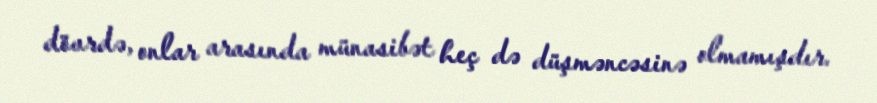
dövrdə, onlar arasında münasibət heç də düşməncəsinə olmamışdır.